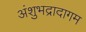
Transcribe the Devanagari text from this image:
अंशुभद्रादागम